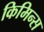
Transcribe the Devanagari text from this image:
किमिन्स